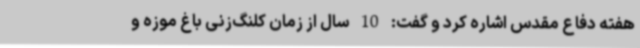
هفته دفاع مقدس اشاره کرد و گفت: 10 سال از زمان کلنگ‌زنی باغ موزه و